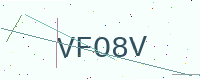
Text: VFO8V